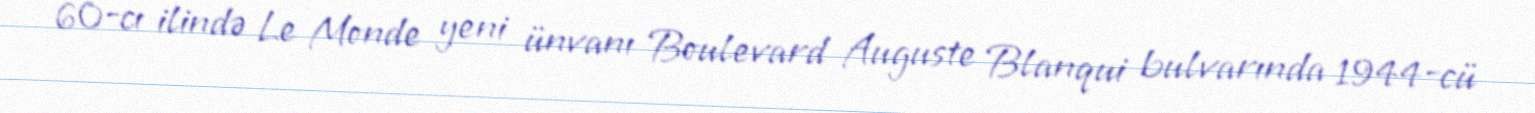
60-cı ilində Le Monde yeni ünvanı Boulevard Auguste Blanqui bulvarında 1944-cü